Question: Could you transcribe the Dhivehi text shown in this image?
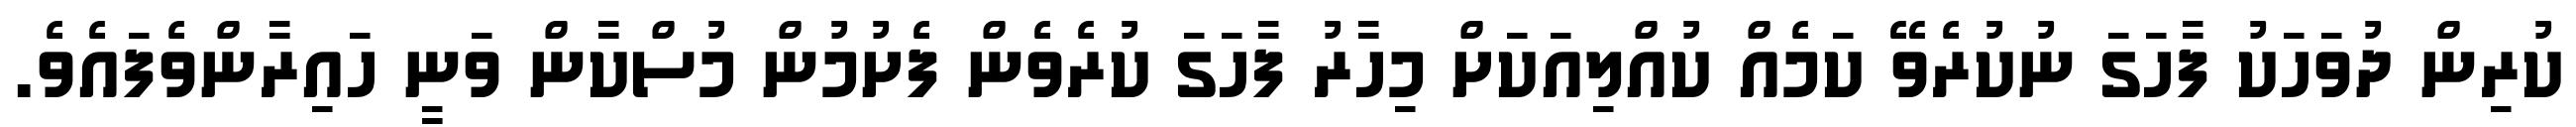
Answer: ކުރިން ދުވަހަކު ފާހަގަ ނުކުރެވޭ ކަމެއް ކުއްލިއަކަށް މިހާރު ފާހަގަ ކުރެވެން ފެށުމުން މުސްކާން ވަނީ ހައިރާންވެފައެވެ.